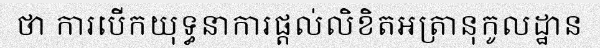
ថា ការបើកយុទ្ធនាការផ្តល់លិខិតអត្រានុកូលដ្ឋាន